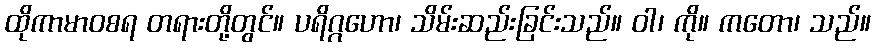
ထိုကာမာဝစရ တရားတို့တွင်။ ပရိဂ္ဂဟော၊ သိမ်းဆည်းခြင်းသည်။ ဝါ၊ ကို။ ကတော၊ သည်။